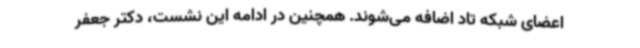
اعضای شبکه تاد اضافه می‌شوند. همچنین در ادامه این نشست، دکتر جعفر